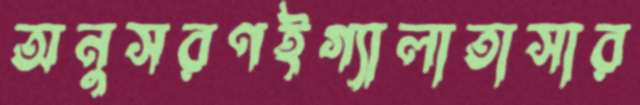
অনুসরণইগ্যালাতাসার